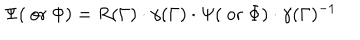
\Psi ( \mathrm { ~ o r ~ } \Phi ) = R ( \Gamma ) \cdot \gamma ( \Gamma ) \cdot \Psi ( \mathrm { ~ o r ~ } \Phi ) \cdot \gamma ( \Gamma ) ^ { - 1 }